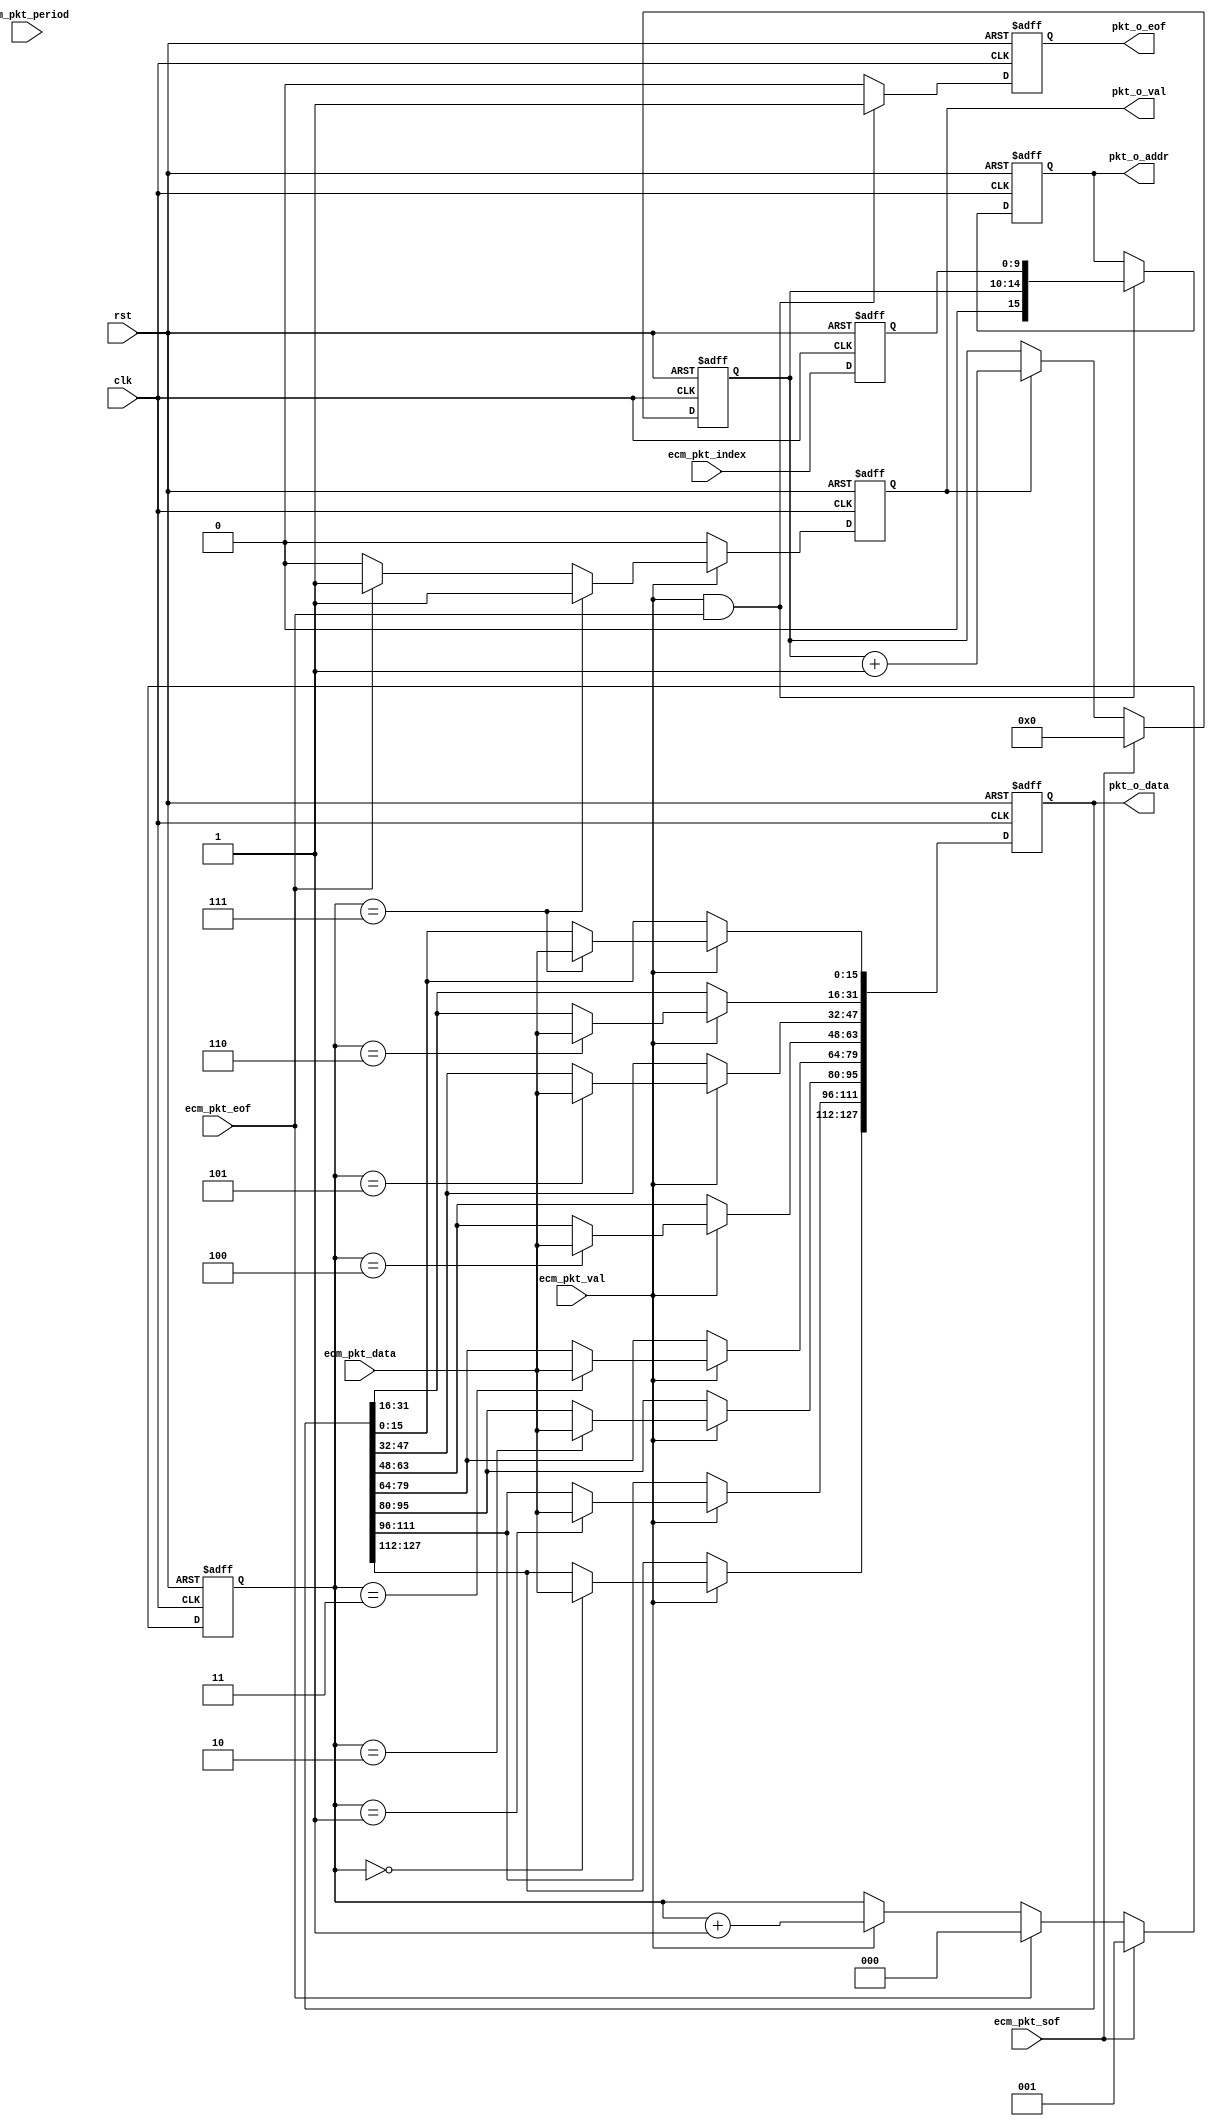
/*************************************************************************************\
    Copyright(c) 2013, China Digital TV Holding Co., Ltd,All right reserved
    Department   :  Creative Center,R&D Hardware Department
    Filename     :  bit16to128.v
    Author       :  huangrui/1480
    ==================================================================================
    Description  :  pkt_o_val:12cycle+4bytes=196bytes or 24cycle=384bytes
    
    ==================================================================================
    Modification History:
    Date        By                  Rev.        Prj.        Change Description
    ----------------------------------------------------------------------------------
    2013-11-20  huangrui/1480       1.0         IPQAM       Create
    ==================================================================================
    Called by    :  bit16to128.v
    File tree    :  bit16to128.v                        
\************************************************************************************/

`timescale 1ns/1ps

module bit16to128(
    clk                         ,
    rst                         ,
    
    ecm_pkt_index               ,
    ecm_pkt_period              ,
    ecm_pkt_sof                 ,
    ecm_pkt_eof                 ,
    ecm_pkt_data                ,
    ecm_pkt_val                 ,
    
    pkt_o_data                  ,
    pkt_o_val                   ,
    pkt_o_eof                   ,
    pkt_o_addr
    );

parameter   TOTAL_ECM_NUM               = 1024                      ;

input                                   clk                         ;
input                                   rst                         ;    
input   [9:0]                           ecm_pkt_index               ;
input   [5:0]                           ecm_pkt_period              ;
input                                   ecm_pkt_sof                 ;
input                                   ecm_pkt_eof                 ;
input   [15:0]                          ecm_pkt_data                ;
input                                   ecm_pkt_val                 ;

output  [127:0]                         pkt_o_data                  ;
output                                  pkt_o_val                   ;
output                                  pkt_o_eof                   ;
output  [15:0]                          pkt_o_addr                  ;

reg     [2:0]                           word_cnt                    ;
reg                                     pkt_o_val                   ;
reg     [127:0]                         pkt_o_data                  ;
reg     [9:0]                           ecm_pkt_index_1dly          ;
reg                                     pkt_o_eof                   ;
reg     [15:0]                          pkt_o_addr                  ;
reg     [4:0]                           pkt_len                     ;

//word_cnt
always@(posedge clk or posedge rst)
begin
    if(rst==1'b1)
    begin
        word_cnt    <=  3'b000;
    end
    else if(ecm_pkt_sof==1'b1)
    begin
        word_cnt    <=  3'b001;
    end
    else if(ecm_pkt_eof==1'b1)
    begin
        word_cnt    <=  3'b000;
    end
    else if(ecm_pkt_val==1'b1)
    begin
        word_cnt    <=  word_cnt + 3'b001;
    end
end

//pkt_len
always@(posedge clk or posedge rst)
begin
    if(rst==1'b1)
    begin
        pkt_len <=  {5{1'b0}};
    end
    else if(ecm_pkt_sof==1'b1)
    begin
        pkt_len <=  5'd0;
    end
    else if(pkt_o_val==1'b1)
    begin
        pkt_len <=  pkt_len + 'h1;
    end
end
        
always@(posedge clk or posedge rst)
begin
    if(rst==1'b1)
    begin
        pkt_o_val   <=  1'b0;
    end
    else if(ecm_pkt_val==1'b1)
    begin
        if(word_cnt==3'b111)
        begin
            pkt_o_val   <=  1'b1;
        end
        else if(ecm_pkt_eof==1'b1)
        begin
            pkt_o_val   <=  1'b1;
        end
        else
        begin
            pkt_o_val   <=  1'b0;
        end
    end
    else
    begin
        pkt_o_val   <=  1'b0;
    end
end

always@(posedge clk or posedge rst)
begin
    if(rst==1'b1)
    begin
        pkt_o_data  <=  {128{1'b0}};
    end
    else if(ecm_pkt_val==1'b1)
    begin 
        case(word_cnt)
        3'b000: pkt_o_data[127:112] <=  ecm_pkt_data;
        3'b001: pkt_o_data[111:96]  <=  ecm_pkt_data;
        3'b010: pkt_o_data[95:80]   <=  ecm_pkt_data;
        3'b011: pkt_o_data[79:64]   <=  ecm_pkt_data;
        3'b100: pkt_o_data[63:48]   <=  ecm_pkt_data;
        3'b101: pkt_o_data[47:32]   <=  ecm_pkt_data;
        3'b110: pkt_o_data[31:16]   <=  ecm_pkt_data;
        3'b111: pkt_o_data[15:0]    <=  ecm_pkt_data;
        default:;
        endcase
    end
end

always@(posedge clk or posedge rst)
begin
    if(rst==1'b1)
    begin
        ecm_pkt_index_1dly  <=  {10{1'b0}};
    end
    else
    begin
        ecm_pkt_index_1dly  <=  ecm_pkt_index;
    end
end

////////////////////////////////////////////////////////////////////

always@(posedge clk or posedge rst)
begin
    if(rst==1'b1)
    begin
        pkt_o_eof   <=  1'b0;
    end
    else if((ecm_pkt_val==1'b1) && (ecm_pkt_eof==1'b1))
    begin
        pkt_o_eof   <=  1'b1;
    end
    else
    begin
        pkt_o_eof   <=  1'b0;
    end
end

always@(posedge clk or posedge rst)
begin
    if(rst==1'b1)
    begin
        pkt_o_addr  <=  {16{1'b0}};
    end
    else if((ecm_pkt_val==1'b1) && (ecm_pkt_eof==1'b1))
    begin
        //pkt_o_addr  <=  {{12{1'b0}},ecm_pkt_index_1dly[9:0],{8{1'b0}}};
        pkt_o_addr  <=  {1'b0,pkt_len[4:0],ecm_pkt_index_1dly[9:0]};
    end
end
    
endmodule